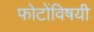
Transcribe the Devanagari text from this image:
फोटोंविषयी